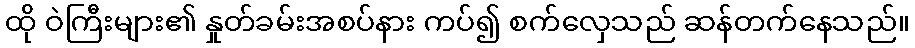
ထို ဝဲကြီးများ၏ နှုတ်ခမ်းအစပ်နား ကပ်၍ စက်လှေသည် ဆန်တက်နေသည်။